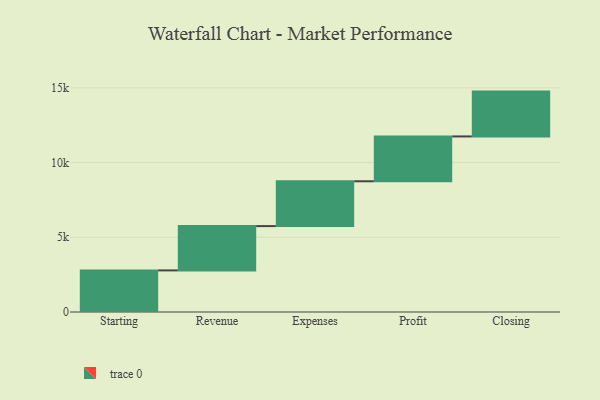
{"axis": {"x": "Step", "y": "Value"}, "legend": [""], "data": [{"x": "Starting", "y": 2784.0, "type": ""}, {"x": "Revenue", "y": 2964.0, "type": ""}, {"x": "Expenses", "y": 3000, "type": ""}, {"x": "Profit", "y": 3000, "type": ""}, {"x": "Closing", "y": 3000, "type": ""}]}